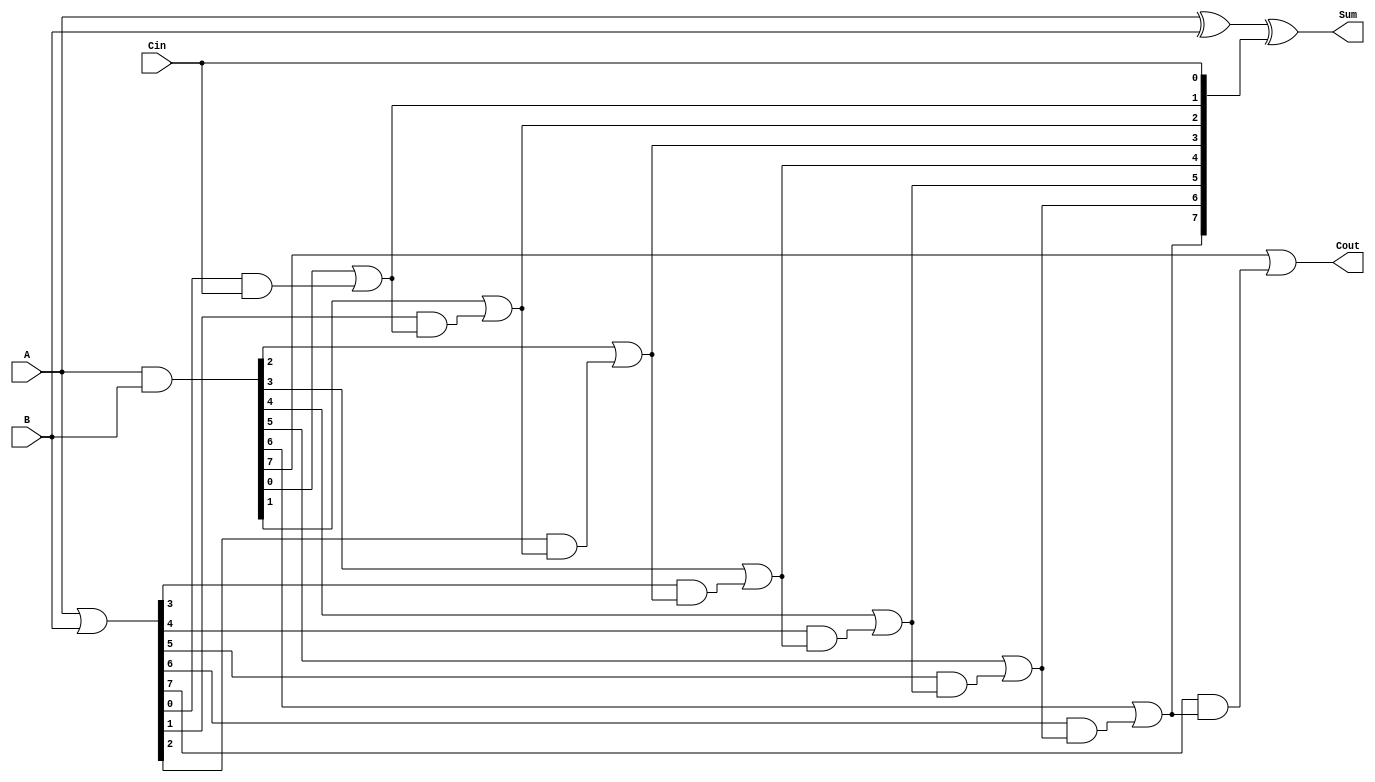
module ManchesterCarryChainAdder #(parameter n = 8) (
    input  wire [n-1:0] A,      // n-bit input A
    input  wire [n-1:0] B,      // n-bit input B
    input  wire Cin,             // Carry-in
    output wire [n-1:0] Sum,     // n-bit Sum output
    output wire Cout             // Carry-out
);

    // Internal signals for carry generation and propagation
    wire [n-1:0] G; // Generate
    wire [n-1:0] P; // Propagate
    wire [n:0] C;   // Carry chain (C[0] = Cin)

    // Generate and propagate logic
    assign G = A & B;          // Generate
    assign P = A | B;          // Propagate

    // Carry chain computation
    assign C[0] = Cin;         // Initial carry-in
    genvar i;
    generate
        for (i = 0; i < n; i = i + 1) begin : carry_chain
            assign C[i + 1] = G[i] | (P[i] & C[i]);
        end
    endgenerate

    // Sum calculation
    assign Sum = A ^ B ^ C[n-1:0]; // Sum = A XOR B XOR Carry

    // Final carry-out
    assign Cout = C[n]; // Carry-out from the most significant bit

endmodule